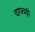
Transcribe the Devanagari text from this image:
दापवड़ी